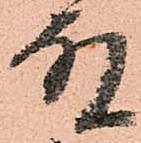
殿